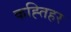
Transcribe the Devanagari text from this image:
कह्तिहर